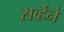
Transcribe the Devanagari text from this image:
सर्व्हेने